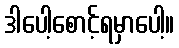
ဒါပေါ့စောင့်ရမှာပေါ့။